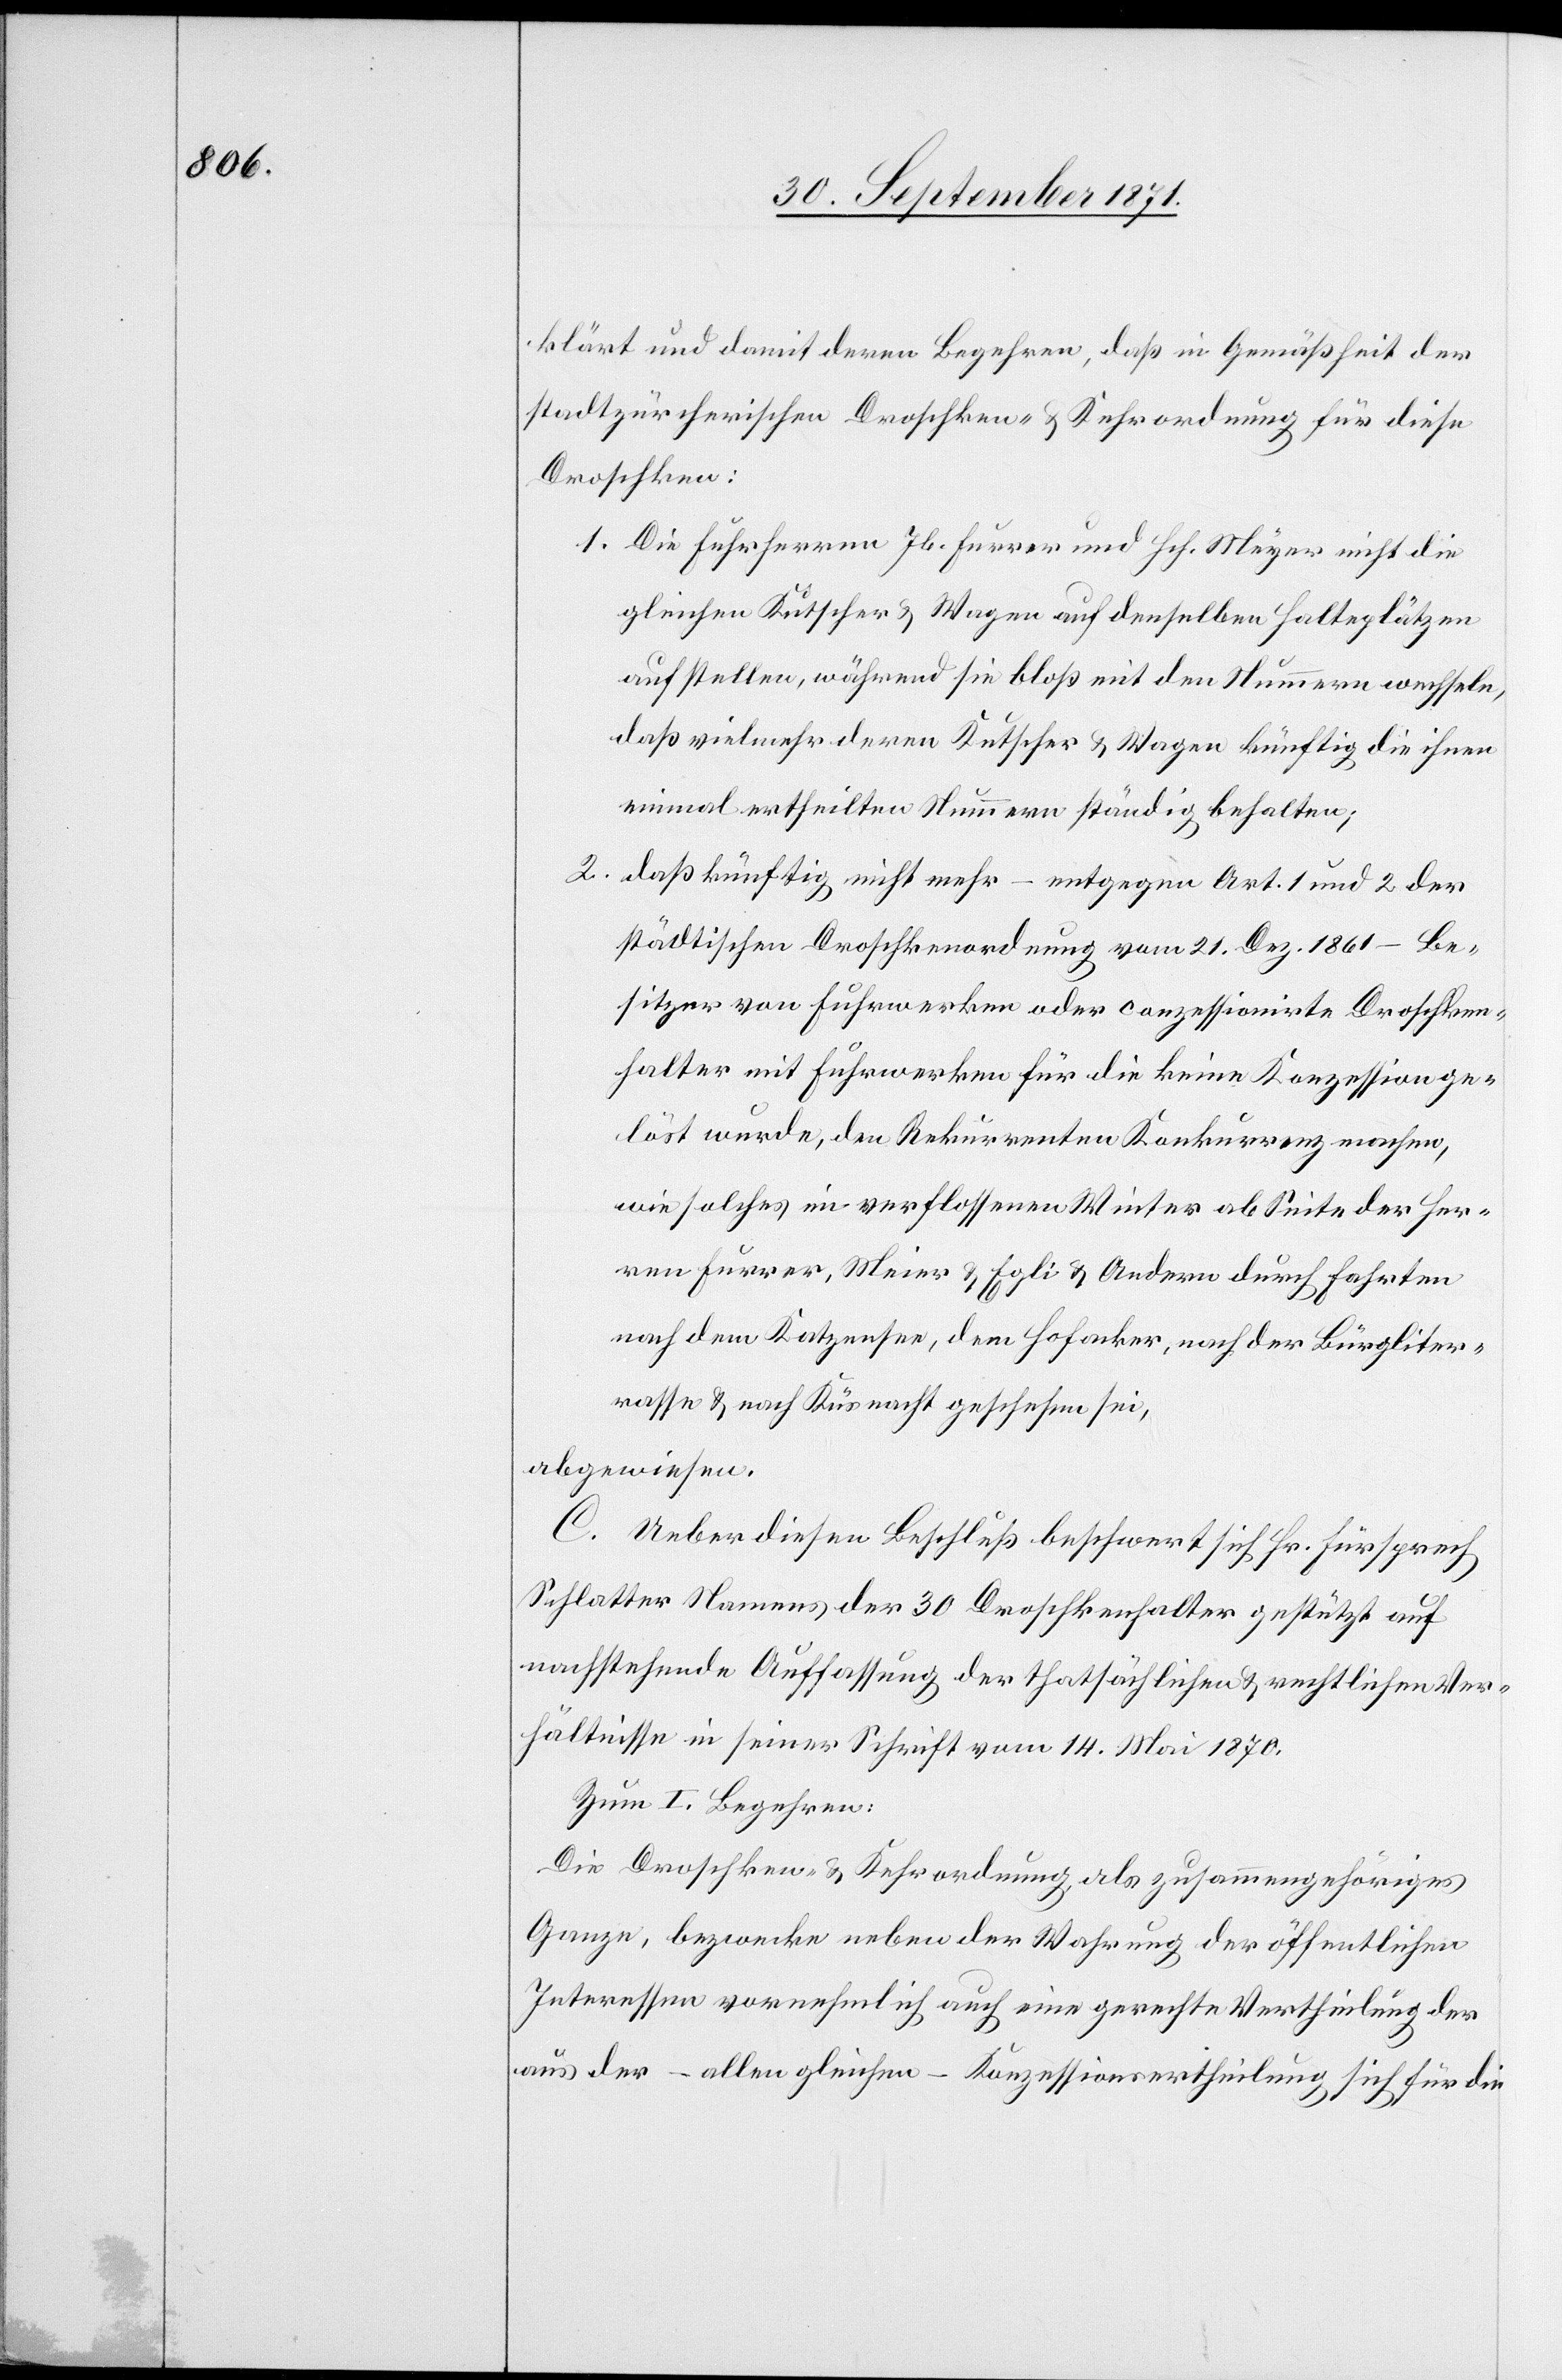
klärt und damit deren Begehren, daß in Gemäßheit der
stadtzürcherischen Droschken- & Kehrordnung für diese
Droschken:
1. Die Fuhrherren Jb. Furrer und Hch. Meyer nicht die
gleichen Kutscher & Wagen auf denselben Halteplätzen
aufstellen, während sie bloß mit den Nummern wechseln,
daß vielmehr deren Kutscher & Wagen künftig die ihnen
einmal ertheilten Nummern ständig behalten;
2. daß künftig nicht mehr – entgegen Art. 1 und 2 der
städtischen Droschkenordnung vom 21. Dez. 1861 – Be¬
sitzer von Fuhrwerken oder conzessionirte Droschken¬
halter mit Fuhrwerken für die keine Konzession ge¬
löst wurde, den Rekurrenten Konkurrenz machen,
wie solches im verflossenen Winter ab Seite der Her¬
ren Furrer, Meier [sic!] & Egli & Andere durch Fahrten
nach dem Katzensee, dem Hofacker, nach der Bürgliter¬
rasse & nach Küsnacht geschehen sei,
abgewiesen.
C. Ueber diesen Beschluß beschwert sich Hr. Fürsprech
Schlatter Namens der 30 Droschkenhalter gestützt auf
nachstehende Auffassung der thatsächlichen & rechtlichen Ver¬
hältnisse in seiner Schrift vom 14. Mai 1870.
Zum I. Begehren:
Die Droschken- & Kehrordnung, als zusammengehöriges
Ganzes, bezwecke neben der Wahrung der öffentlichen
Interessen vornehmlich auch eine gerechte Vertheilung der
aus der – allen gleichen – Konzessionsertheilung sich für die